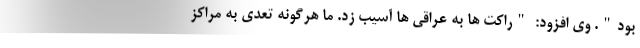
بود". وی افزود: "راکت ها به عراقی ها آسیب زد. ما هرگونه تعدی به مراکز